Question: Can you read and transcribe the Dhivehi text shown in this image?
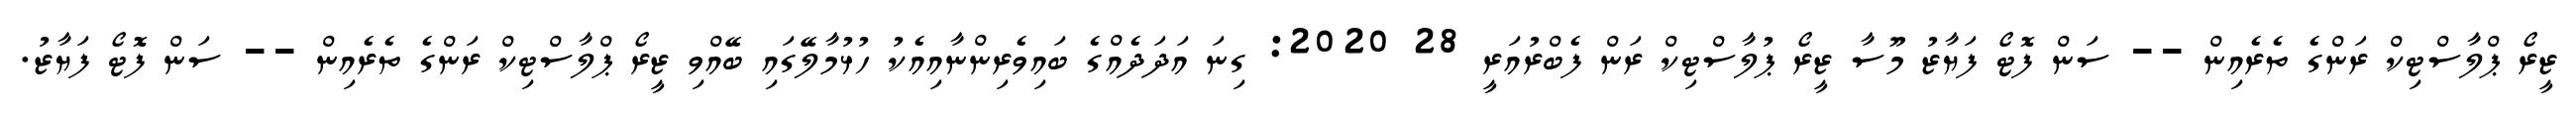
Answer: ޒީރޯ ޕްލާސްޓިކް ރަންގެ ތެރެއިން -- ސަން ފޮޓޯ ފަޔާޒު މޫސާ ޒީރޯ ޕުލާސްޓިކް ރަން ފެބްރުއަރީ 28 2020: ގިނަ އަދަދެއްގެ ބައިވެރިންނާއިއެކު ހުޅުމާލޭގައި ބޭއްވި ޒީރޯ ޕްލާސްޓިކް ރަންގެ ތެރެއިން -- ސަން ފޮޓޯ ފަޔާޒު.